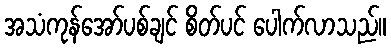
အသံကုန်အော်ပစ်ချင် စိတ်ပင် ပေါက်လာသည်။